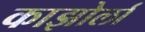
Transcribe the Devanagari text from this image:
काझोर्ला